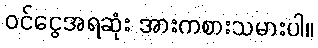
ဝင်ငွေအရဆုံး အားကစားသမားပါ။